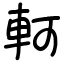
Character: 軻